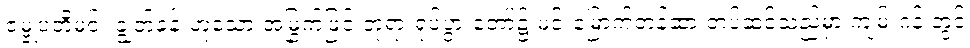
ဇမ္ဗုပတိမင်း ချွတ်ခန်းဟူသော အမြွက်ဖြင့် ဘုရားရုပ်ပွားတော်၌ မင်းမြောက်တန်ဆာ တပ်ဆင်သည်မှာ ကျမ်းဂန် တွင်